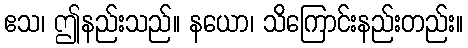
ဧသ၊ ဤနည်းသည်။ နယော၊ သိကြောင်းနည်းတည်း။